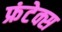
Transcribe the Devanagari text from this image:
फ्रंटेक्स